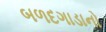
બળદગાડાનો